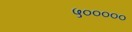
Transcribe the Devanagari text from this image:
५०००००